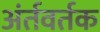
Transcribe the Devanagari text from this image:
अंर्तवर्तक